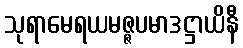
သုရာမေရယမဇ္ဇပမာဒဋ္ဌာယိနီ